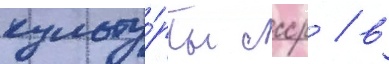
культу́ры ссср / в